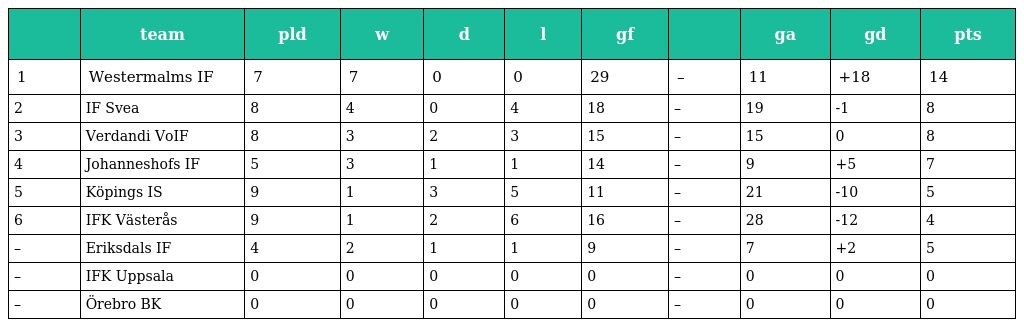
|  | team | pld | w | d | l | gf |  | ga | gd | pts |
 | --- | --- | --- | --- | --- | --- | --- | --- | --- | --- | --- |
 | 1 | Westermalms IF | 7 | 7 | 0 | 0 | 29 | – | 11 | +18 | 14 |
 | 2 | IF Svea | 8 | 4 | 0 | 4 | 18 | – | 19 | -1 | 8 |
 | 3 | Verdandi VoIF | 8 | 3 | 2 | 3 | 15 | – | 15 | 0 | 8 |
 | 4 | Johanneshofs IF | 5 | 3 | 1 | 1 | 14 | – | 9 | +5 | 7 |
 | 5 | Köpings IS | 9 | 1 | 3 | 5 | 11 | – | 21 | -10 | 5 |
 | 6 | IFK Västerås | 9 | 1 | 2 | 6 | 16 | – | 28 | -12 | 4 |
 | – | Eriksdals IF | 4 | 2 | 1 | 1 | 9 | – | 7 | +2 | 5 |
 | – | IFK Uppsala | 0 | 0 | 0 | 0 | 0 | – | 0 | 0 | 0 |
 | – | Örebro BK | 0 | 0 | 0 | 0 | 0 | – | 0 | 0 | 0 |